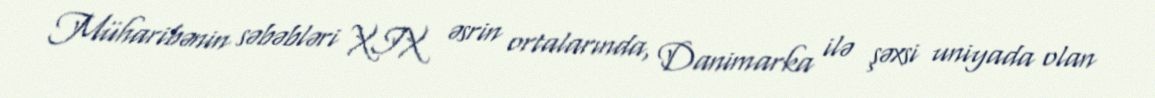
Müharibənin səbəbləri XIX əsrin ortalarında, Danimarka ilə şəxsi uniyada olan